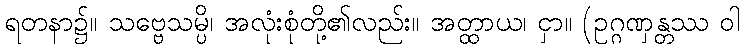
ရတနာ၌။ သဗ္ဗေသမ္ပိ၊ အလုံးစုံတို့၏လည်း။ အတ္ထာယ၊ ငှာ။ (ဥဂ္ဂဏှန္တဿ ဝါ